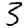
Digit: 3